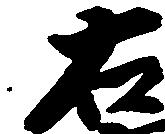
右